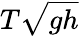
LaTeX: T{\sqrt{gh}}